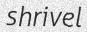
shrivel